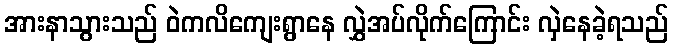
အားနာသွားသည် ဝဲကလိကျေးရွာနေ လွှဲအပ်လိုက်ကြောင်း လှဲနေခဲ့ရသည်